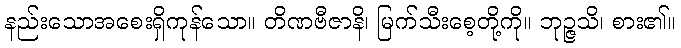
နည်းသောအစေးရှိကုန်သော။ တိဏဗီဇာနိ၊ မြက်သီးစေ့တို့ကို။ ဘုဉ္ဇသိ၊ စား၏။